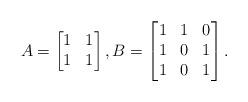
LaTeX: \begin{align*}A=\begin{bmatrix}1 & 1 \\1 & 1\end{bmatrix},B=\begin{bmatrix}1 & 1& 0 \\1 & 0& 1 \\1 & 0& 1 \end{bmatrix}. \end{align*}